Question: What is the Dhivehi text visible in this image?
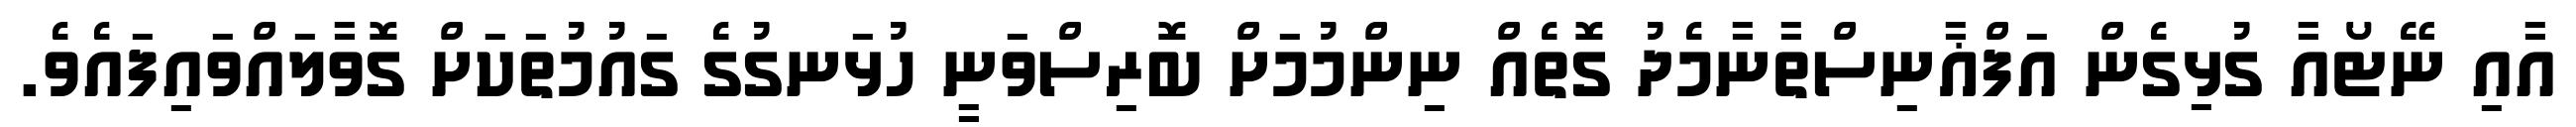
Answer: އާއި ނޭޓޯއާ ގުޅިގެން އަފްޣާނިސްތާނާމެދު ގޮތެއް ނިންމުމަށް ބޮރިސްވަނީ ހުޅަނގުގެ ގައުމުތަކަށް ގޮވާލައްވައިފައެވެ.